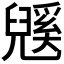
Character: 𭀹